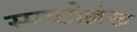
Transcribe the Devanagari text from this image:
स्पष्टोल्लेख